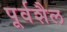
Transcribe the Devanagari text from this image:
पूर्वशैल